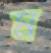
ম